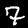
Label: 7